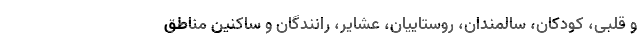
و قلبی، کودکان، سالمندان، روستاییان، عشایر، رانندگان و ساکنین مناطق